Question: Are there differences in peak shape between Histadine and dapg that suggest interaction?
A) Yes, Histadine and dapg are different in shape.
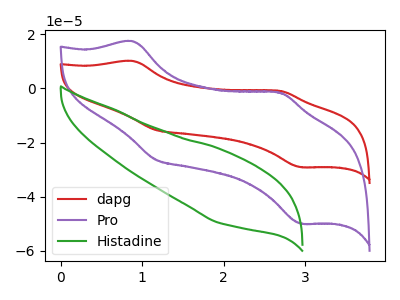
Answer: <think>The red curve "dapg" has anodic peaks at (0.90V, 10.15uA) (2.70V, -0.90uA) and cathodic peaks at (1.15V, -15.35uA) (2.95V, -29.10uA). The purple curve "Pro" has anodic peaks at (0.90V, 17.40uA) (2.70V, -1.60uA) and cathodic peaks at (1.15V, -26.35uA) (2.95V, -49.95uA). The green curve "Histadine" has no peaks.
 "Histadine" and "dapg" have a different number of peaks.</think>
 <answer>A) Yes, "Histadine" and "dapg" are different in shape.</answer>
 <eval>A</eval>